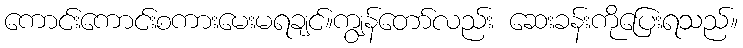
ကောင်းကောင်းစကားမေးမရချင်။ကျွန်တော်လည်း ဆေးခန်းကိုပြေးရသည်။